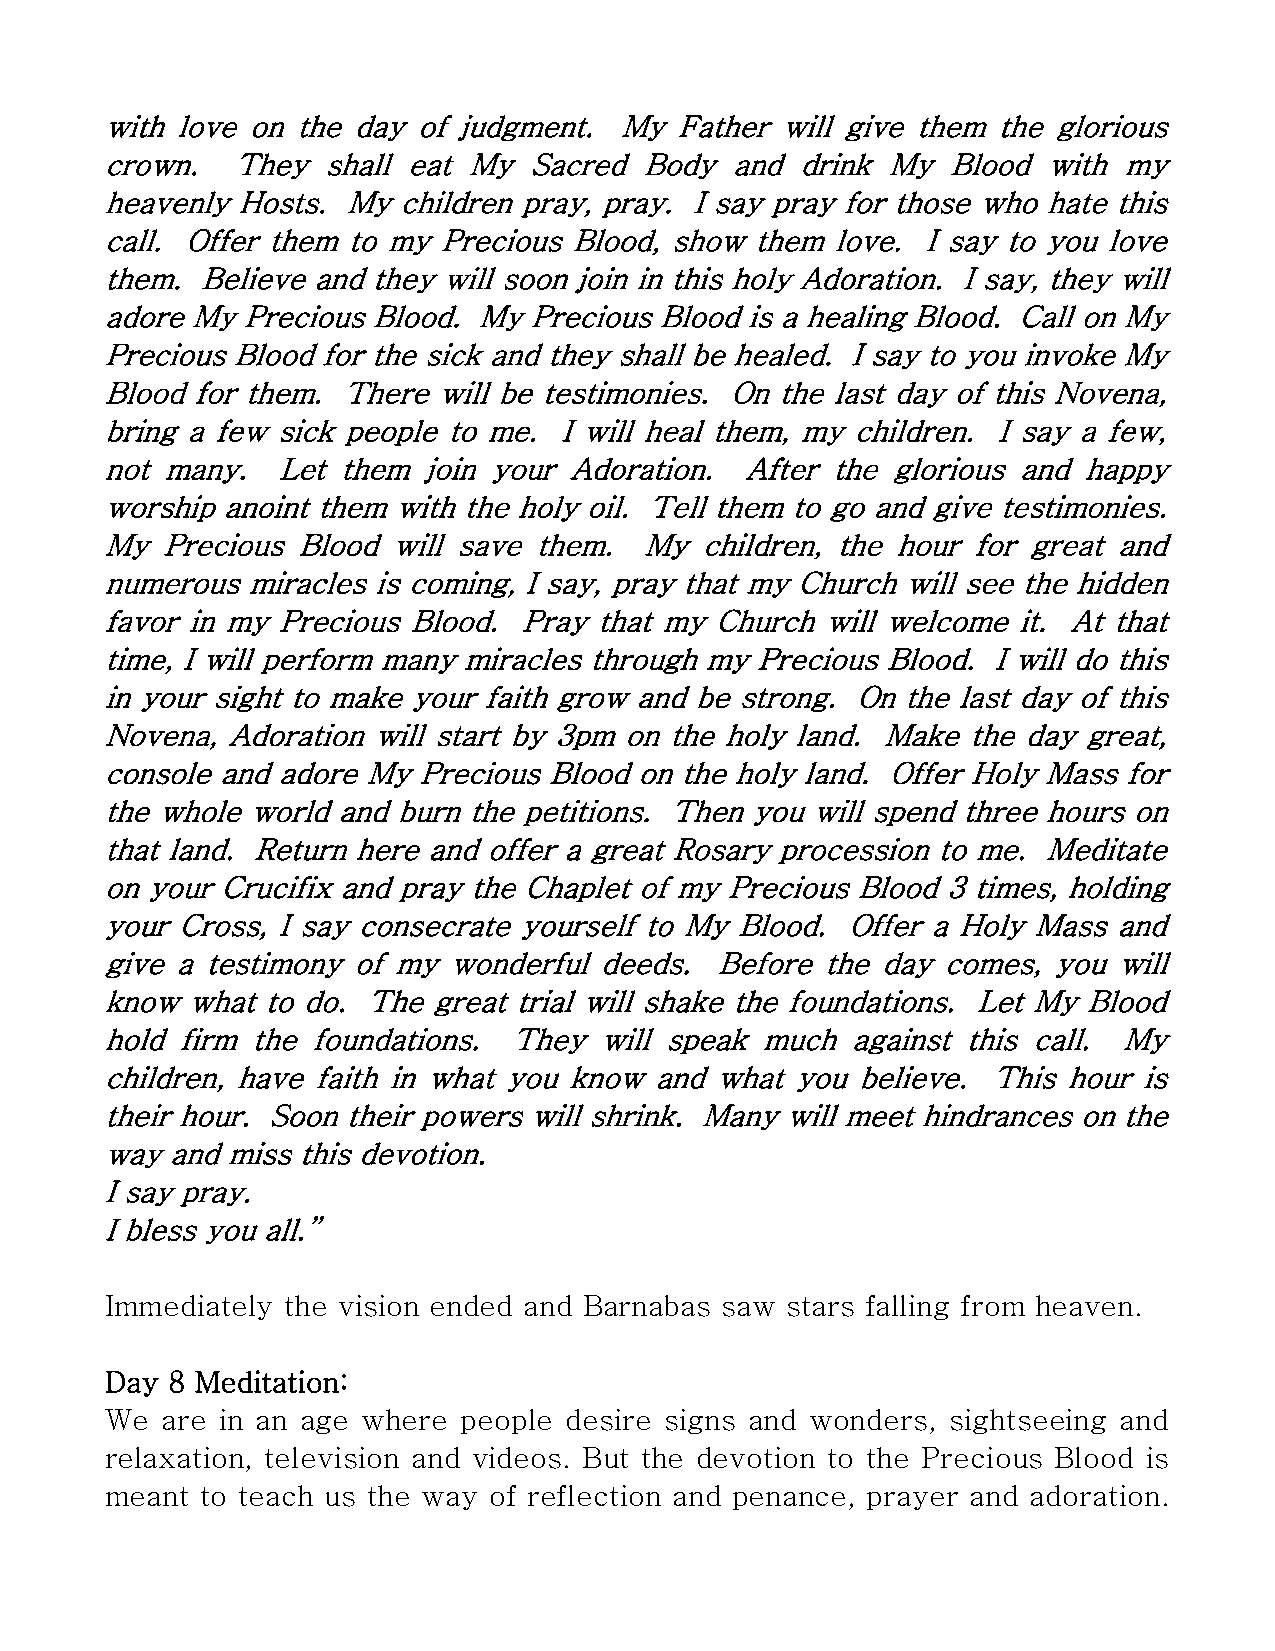
with love on the day of judgment. My  Father will give them the glorious
 crown.  They  shall eat My  Sacred  Body and  drink My  Blood with my
 heavenly Hosts. My children pray, pray. I say pray for those who hate this
 call. Offer them to my Precious Blood, show them love. I say to you love
 them. Believe and they will soon join in this holy Adoration. I say, they will
 adore My Precious Blood. My Precious Blood is a healing Blood. Call on My
 Precious Blood for the sick and they shall be healed. I say to you invoke My
 Blood for them. There will be testimonies. On the last day of this Novena,
 bring a few sick people to me. I will heal them, my children. I say a few,
 not many.  Let them  join your Adoration. After the glorious and happy
 worship anoint them with the holy oil. Tell them to go and give testimonies.
 My  Precious Blood will save them.  My children, the hour for great and
 numerous miracles is coming, I say, pray that my Church will see the hidden
 favor in my Precious Blood. Pray that my Church will welcome it. At that
 time, I will perform many miracles through my Precious Blood. I will do this
 in your sight to make your faith grow and be strong. On the last day of this
 Novena, Adoration will start by 3pm on the holy land. Make the day great,
 console and adore My Precious Blood on the holy land. Offer Holy Mass for
 the whole world and burn the petitions. Then you will spend three hours on
 that land. Return here and offer a great Rosary procession to me. Meditate
 on your Crucifix and pray the Chaplet of my Precious Blood 3 times, holding
 your Cross, I say consecrate yourself to My Blood. Offer a Holy Mass and
 give a testimony of my wonderful deeds. Before  the day comes, you will
 know what to do. The  great trial will shake the foundations. Let My Blood
 hold firm the foundations. They  will speak much against this call. My
 children, have faith in what you know and what you believe. This hour is
 their hour. Soon their powers will shrink. Many will meet hindrances on the
 way and miss this devotion.
 I say pray.
 I bless you all.”
 Immediately the vision ended and Barnabas saw stars falling from heaven.
 Day 8 Meditation:
 We  are in an age where people desire signs and wonders, sightseeing and
 relaxation, television and videos. But the devotion to the Precious Blood is
 meant to teach us the way of reflection and penance, prayer and adoration.